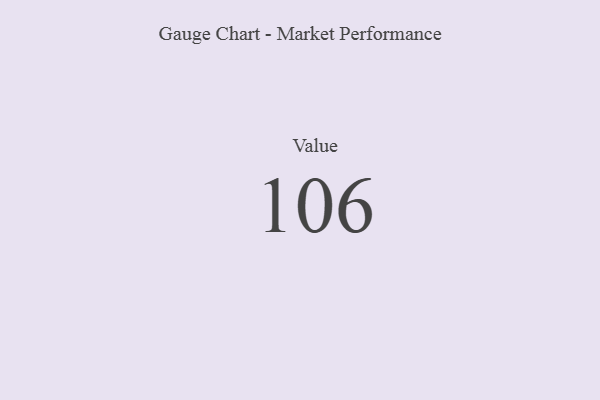
{"axis": {"x": "Metric", "y": "Value"}, "legend": [""], "data": [{"x": "Value", "y": 106, "type": ""}]}